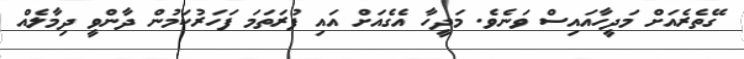
ގޭތެރެއަށް މަދީހާއައިސް ވަނެވެ. މަދީހާ އެގެއަށް އައި ފުރަތަމަ ފަހަރުކަމުން ދާންވީ ދިމާލެއް